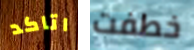
اتاكد خطفت